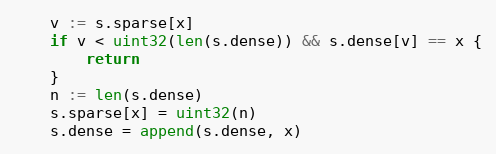
Language: Go
	v := s.sparse[x]
	if v < uint32(len(s.dense)) && s.dense[v] == x {
		return
	}
	n := len(s.dense)
	s.sparse[x] = uint32(n)
	s.dense = append(s.dense, x)